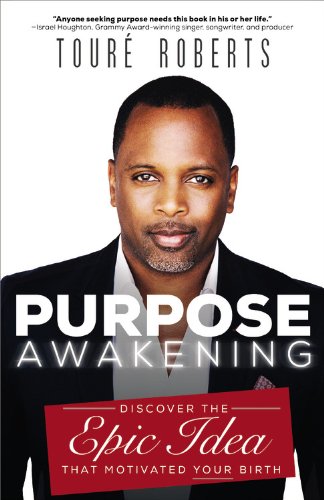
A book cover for Purpose Awakening: Discover the Epic Idea that Motivated Your Birth; TourÃ© Roberts; Religion & Spirituality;